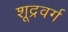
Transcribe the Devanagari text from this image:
शूद्रवर्ग